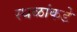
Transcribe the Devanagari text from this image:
स्थळांकडे